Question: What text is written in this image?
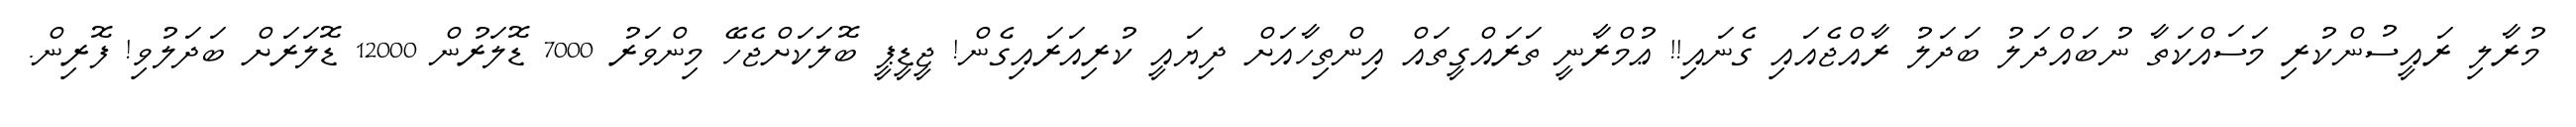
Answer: މުރާލި ރައީސުންކުރި މަސައްކަތާ ނުބައްދަލު ބަދަލު ރާއްޖެއައި ގެނައި!! ޢުމްރާނީ ތަރައްގީތައް އިންތިހާއަށް ދިޔައީ ކުރިއަރައިގެން! ޖީޑީޕީ ބޮލަކަށްޖެހޭ މިންވަރު 7000 ޑޮލަރުން 12000 ޑޮލަރަށް ބަދަލުވި! ފޮރިން.